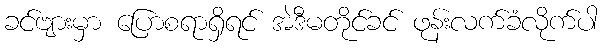
ခင်ဗျားမှာ ပြောစရာရှိရင် အဲဒီမတိုင်ခင် ဖုန်းလက်ခံလိုက်ပါ